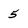
Character: 5